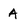
Character: A